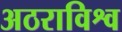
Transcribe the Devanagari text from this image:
अठराविश्व